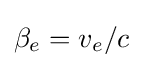
\beta _{e}=v_{e}/c